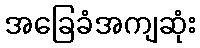
အခြေခံအကျဆုံး